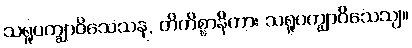
သရူပက္ချာဝိသေသန, တိကိစ္စာနိကား သရူပက္ချာဝိသေသျ။